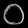
Digit: ၀